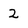
Character: 2